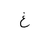
Letter: _gayn